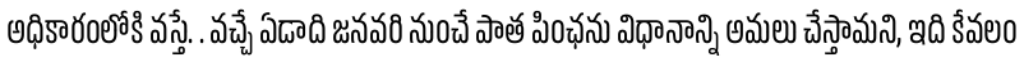
అధికారంలోకి వస్తే. . వచ్చే ఏడాది జనవరి నుంచే పాత పింఛను విధానాన్ని అమలు చేస్తామని, ఇది కేవలం